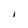
Character: I